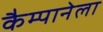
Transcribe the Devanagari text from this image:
कैम्पानेला